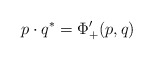
\begin{align*} p\cdot q^* = \Phi_+'(p,q)\end{align*}